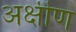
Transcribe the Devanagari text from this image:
अक्षीण